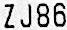
ZJ86